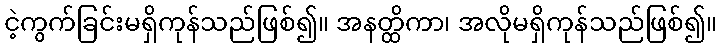
ငဲ့ကွက်ခြင်းမရှိကုန်သည်ဖြစ်၍။ အနတ္ထိကာ၊ အလိုမရှိကုန်သည်ဖြစ်၍။